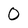
Character: 0